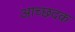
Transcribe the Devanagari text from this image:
आच्छदक